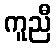
ကူညီ